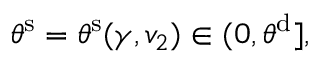
\theta ^ { \mathrm { s } } = \theta ^ { \mathrm { s } } ( \gamma , v _ { 2 } ) \in ( 0 , \theta ^ { \mathrm { d } } ] ,